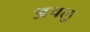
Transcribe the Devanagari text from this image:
अचलु